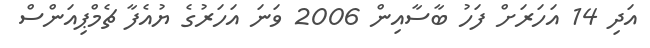
އަދި 14 އަހަރަށް ފަހު ބާސާއިން 2006 ވަނަ އަހަރުގެ ޔުއެފާ ޗެމްޕިއަންސް